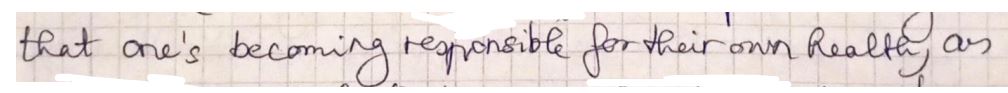
that one's becoming responsible for their own health, as